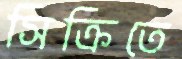
সিক্রিতে